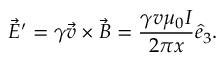
\Vec { E } ^ { \prime } = \gamma \Vec { v } \times \vec { B } = \frac { \gamma v \mu _ { 0 } I } { 2 \pi x } \hat { e } _ { 3 } .